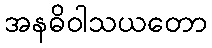
အနဓိဝါသယတော